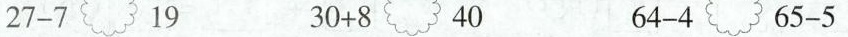
$$27-7 19$$ $$30+8 40$$ $$64-4 65-5$$